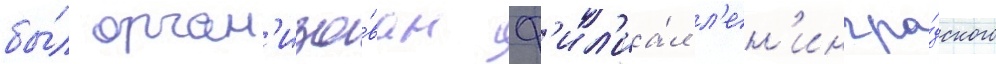
бы́л орган'изо́ван ф'ил'иа́л л'ен'ингра́дского